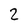
Character: 2